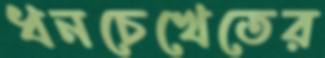
ধনচেখেতের